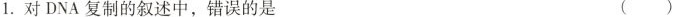
1.对DNA复制的叙述中，错误的是 ()